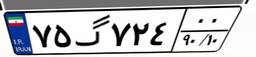
۷۵گ۷۲۴۰۰